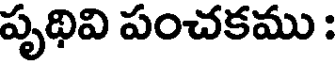
పృథివి పంచకము :